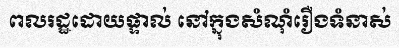
ពលរដ្ឋដោយផ្ទាល់ នៅក្នុងសំណុំរឿងទំនាស់